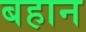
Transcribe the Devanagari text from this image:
बहान